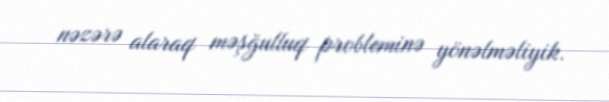
nəzərə alaraq məşğulluq probleminə yönəlməliyik.